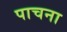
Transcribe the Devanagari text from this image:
पाचना